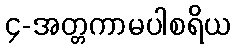
၄-အတ္တကာမပါစရိယ